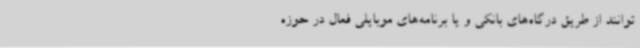
‌توانند از طریق درگاه‌های بانکی و یا برنامه‌های موبایلی فعال در حوزه